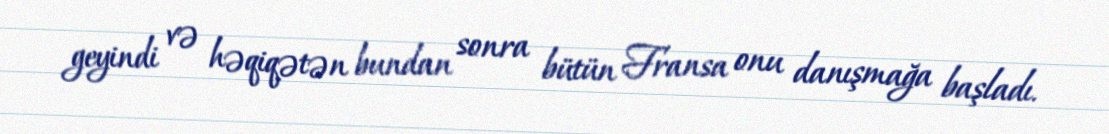
geyindi və həqiqətən bundan sonra bütün Fransa onu danışmağa başladı.